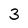
Character: 3